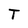
Character: T